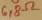
Text: 6,8Ω